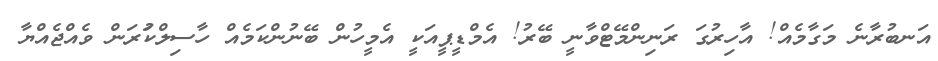
އަނބުރާނެ މަގާމެއް! އާހިރުގަ ރަނިންމޭޓްވާނީ ބޭރު! އެމްޑީޕީއަކީ އެމީހުން ބޭނުންކަމެއް ހާސިލްކުަރަން ވެއްޖެއްޔާ